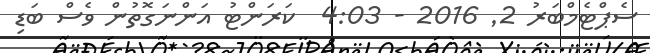
ސެޕްޓެމްބަރު 2